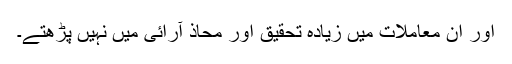
اور ان معاملات میں زیادہ تحقیق اور محاذ آرائی میں نہیں پڑھتے۔